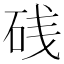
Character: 𥒎